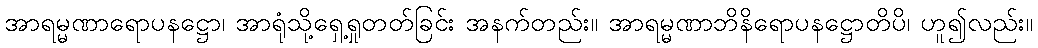
အာရမ္မဏာရောပနဋ္ဌော၊ အာရုံသို့ရှေ့ရှုတတ်ခြင်း အနက်တည်း။ အာရမ္မဏာဘိနိရောပနဋ္ဌောတိပိ၊ ဟူ၍လည်း။